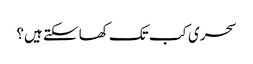
سحری کب تک کھا سکتے ہیں؟